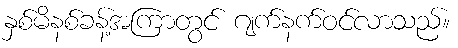
နှစ်မိနစ်ခန့်အကြာတွင် ဂျက်နက်ဝင်လာသည်။